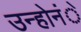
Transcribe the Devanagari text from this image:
उन्होनंे